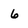
Character: 6